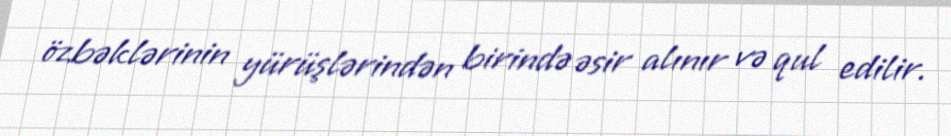
özbəklərinin yürüşlərindən birində əsir alınır və qul edilir.